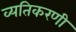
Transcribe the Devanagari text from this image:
व्यतिकरणी